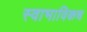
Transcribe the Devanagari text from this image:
स्‍वाभाविकच